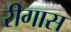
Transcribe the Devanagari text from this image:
रीगास